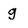
Character: g